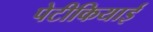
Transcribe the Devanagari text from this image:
पेटीकियाई